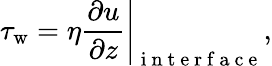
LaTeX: \tau_{\mathrm{w}}=\eta\left.\frac{\partial u}{\partial z}\right|_{\mathrm{~i~n~t~e~r~f~a~c~e~}},